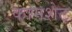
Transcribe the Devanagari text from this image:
कामशेट